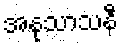
အနုသာသနီ